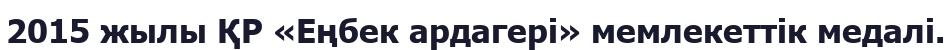
2015 жылы ҚР «Еңбек ардагері» мемлекеттік медалі.